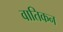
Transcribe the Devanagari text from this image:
वातिकन